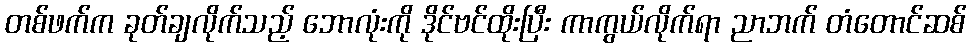
တစ်ဖက်က ခုတ်ချလိုက်သည့် ဘောလုံးကို ဒိုင်ဗင်ထိုးပြီး ကာကွယ်လိုက်ရာ ညာဘက် တံတောင်ဆစ်